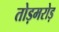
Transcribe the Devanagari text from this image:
तोड़मरोड़